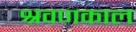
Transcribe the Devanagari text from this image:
श्रवणकाल